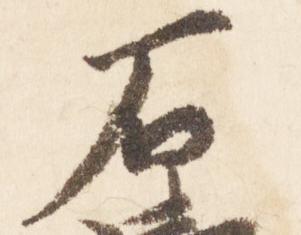
石